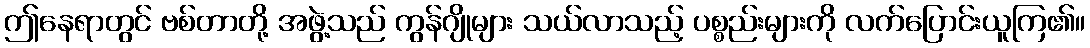
ဤနေရာတွင် ဗစ်တာတို့ အဖွဲ့သည် ကွန်ဂျိုများ သယ်လာသည့် ပစ္စည်းများကို လက်ပြောင်းယူကြ၏။